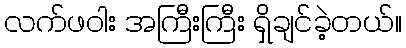
လက်ဖဝါး အကြီးကြီး ရှိချင်ခဲ့တယ်။